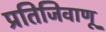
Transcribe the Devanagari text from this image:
प्रतिजिवाणू